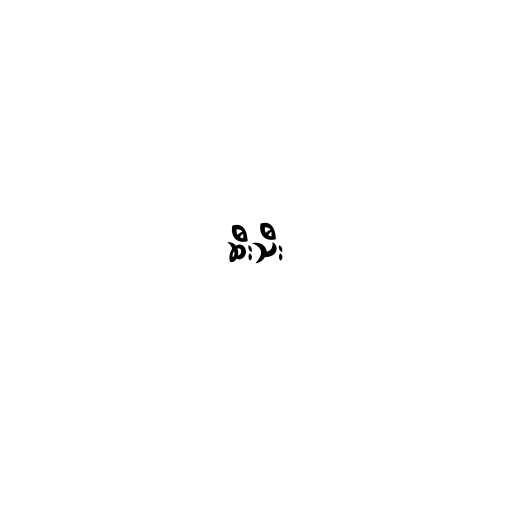
ဆီးသီး